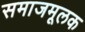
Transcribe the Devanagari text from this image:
समाजमूलक